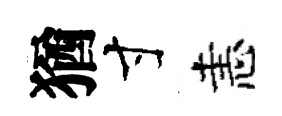
猶寸恚